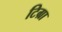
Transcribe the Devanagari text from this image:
टिग्रा